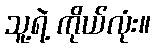
သူ့ရဲ့ ကိုယ်လုံး။